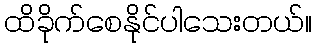
ထိခိုက်စေနိုင်ပါသေးတယ်။